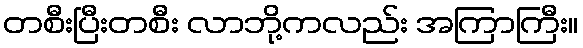
တစီးပြီးတစီး လာဘို့ကလည်း အကြာကြီး။